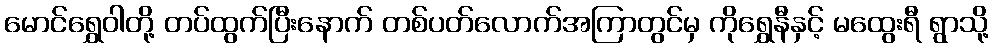
မောင်ရွှေဝါတို့ တပ်ထွက်ပြီးနောက် တစ်ပတ်လောက်အကြာတွင်မှ ကိုရွှေနီနှင့် မထွေးရီ ရွာသို့